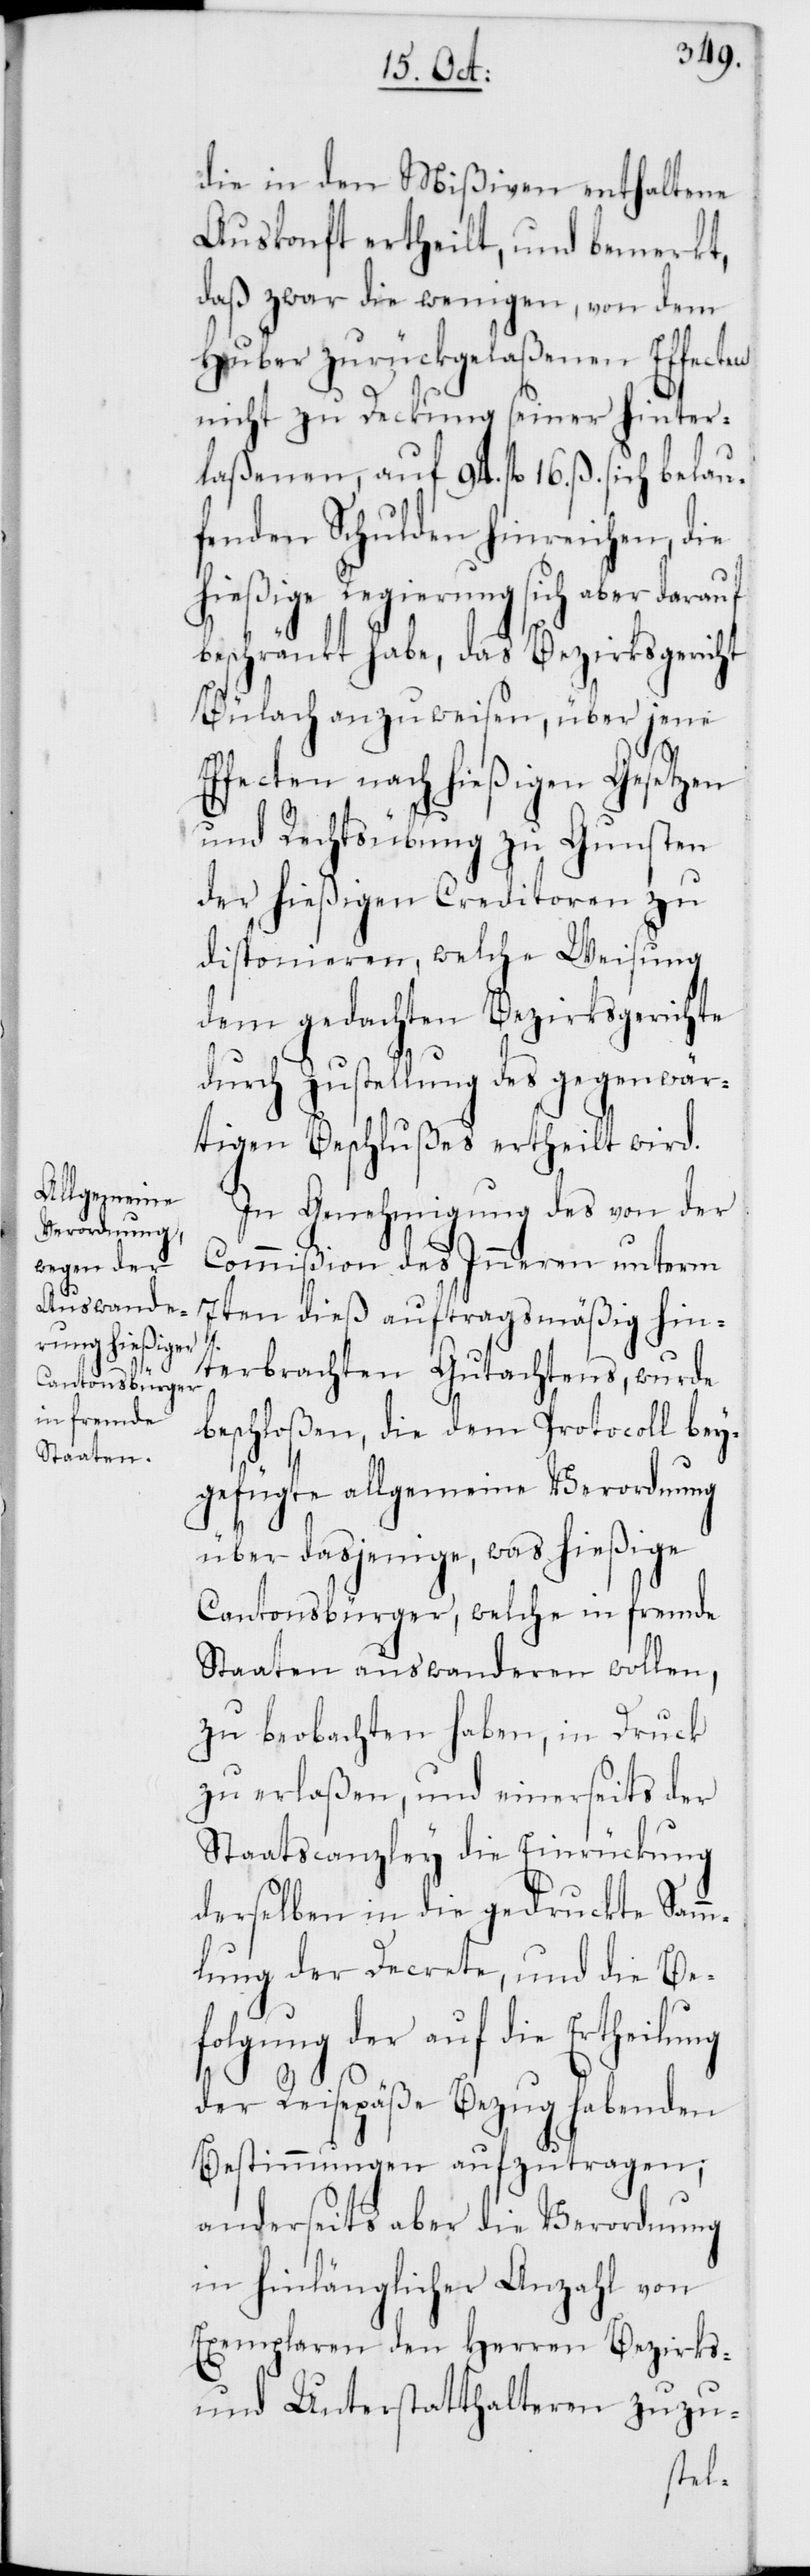
die in den Mißiven enthaltene
Auskonft ertheilt, und bemerkt,
daß zwar die wenigen, von dem
Huber zurückgelaßenen Effecten
nicht zu Deckung seiner hinter¬
laßenen, auf 94. fl. 16. ß. sich belau¬
fenden Schulden hinreichen, die
hießige Regierung sich aber darauf
beschränkt habe, das Bezirksgericht
Bülach anzuweisen, über jene
Effecten nach hießigen Gesetzen
und Rechtsübung zu Gunsten
der hießigen Creditoren zu
disponieren, welche Weisung
dem gedachten Bezirksgerichte
durch Zustellung des gegenwär¬
tigen Beschlußes ertheilt wird.
In Genehmigung des von der
Commißion des Inneren unterm
7ten dieß auftragsmäßig hin¬
terbrachten Gutachtens, wurde
beschloßen, die dem Protocoll bey¬
gefügte allgemeine Verordnung
über dasjenige, was hießige
Cantonsbürger, welche in fremde
Staaten auswanderen wollen,
zu beobachten haben, in Druck
zu erlaßen, und einerseits der
Staatscanzley die Einrückung
derselben in die gedruckte Samm¬
lung der Decrete, und die Be¬
folgung der auf die Ertheilung
der Reisepäße Bezug habenden
Bestimmungen aufzutragen;
anderseits aber die Verordnung
in hinlänglicher Anzahl von
Exemplaren den Herren Bezirks-
und Unterstatthalteren zuzu-